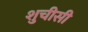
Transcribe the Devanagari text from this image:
शुचीसी